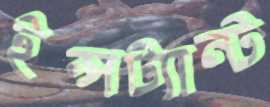
ইন্সট্যান্ট